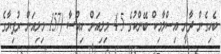
ބެހިގެން ދާނީ އިސްލާމިކް ބޭންކުގެ 4.5 މިލިއަން ހިއްސާ (157 މިލިއަން ރުފިޔާގެ